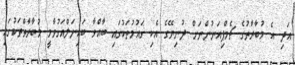
އަދި އެ މުބާރާތުގެ ޗެމްޕިއަނުންނަށް ދުނިޔޭގެ އެކި ގައުމުތަކުގައި ބާއްވާ ބައިނަލްއަގުވާމީ މުބާރާތްތަކުގައި